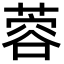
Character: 蓉